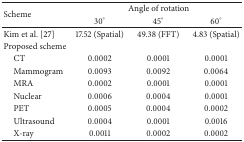
<table><thead><tr><td rowspan="2"><b>Scheme</b></td><td colspan="3"><b>Angle of rotation</b></td></tr><tr><td><b>30°</b></td><td><b>45°</b></td><td><b>60°</b></td></tr></thead><tbody><tr><td>Kim et al. [27]</td><td>17.52 (Spatial)</td><td>49.38 (FFT)</td><td>4.83 (Spatial)</td></tr><tr><td>Proposed scheme</td><td> </td><td> </td><td> </td></tr><tr><td> CT</td><td>0.0002</td><td>0.0001</td><td>0.0001</td></tr><tr><td> Mammogram</td><td>0.0093</td><td>0.0092</td><td>0.0064</td></tr><tr><td> MRA</td><td>0.0002</td><td>0.0001</td><td>0.0001</td></tr><tr><td> Nuclear</td><td>0.0006</td><td>0.0004</td><td>0.0001</td></tr><tr><td> PET</td><td>0.0005</td><td>0.0004</td><td>0.0002</td></tr><tr><td> Ultrasound</td><td>0.0004</td><td>0.0001</td><td>0.0016</td></tr><tr><td> X-ray</td><td>0.0011</td><td>0.0002</td><td>0.0002</td></tr></tbody></table>